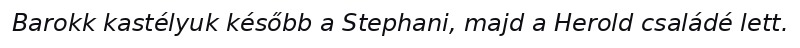
Barokk kastélyuk később a Stephani, majd a Herold családé lett.